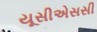
યૂસીએસસી